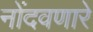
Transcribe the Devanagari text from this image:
नोंदवणारे